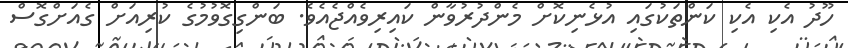
ހޫދު އެކި އެކި ކަންތަކުގައި އުޅެނިކޮށް މެންދުރުވާން ކައިރިވެއްޖެއެވެ. ބަންގިގޮވުމުގެ ކުރިއަށް ގެއަށްގޮސް